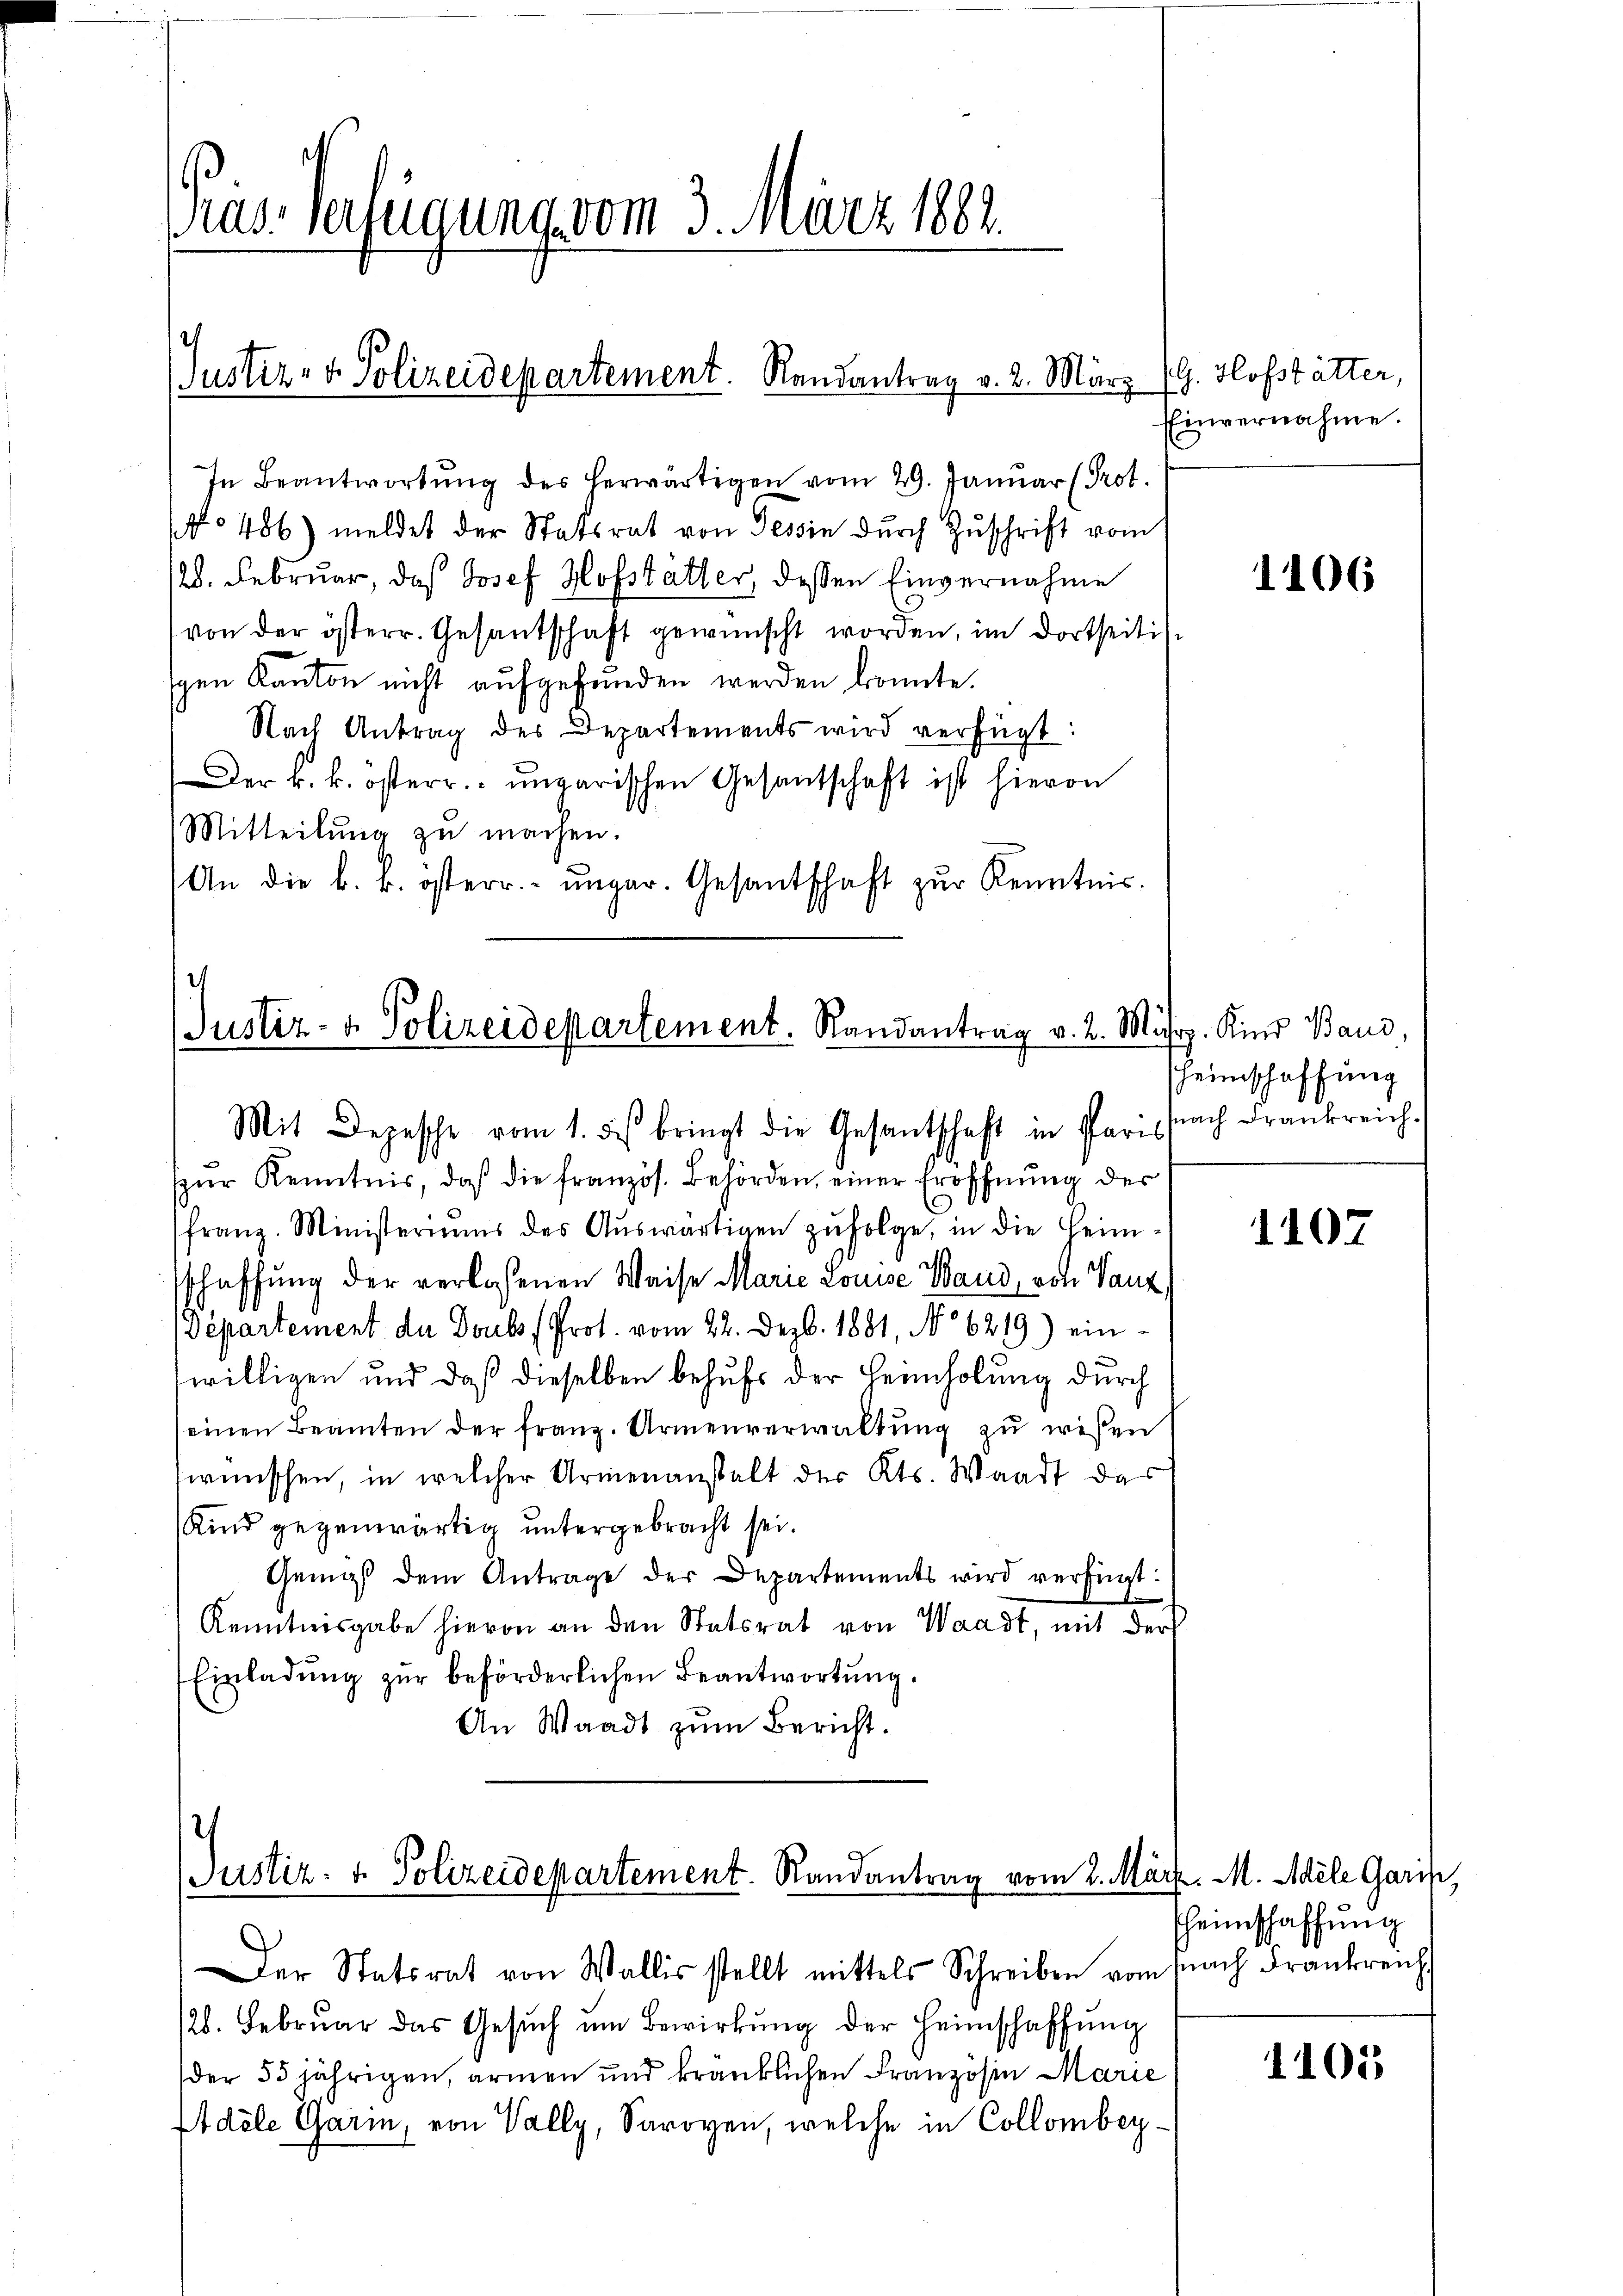
Cras Verfügung vom 3. März 1882.

Justiz- & Polizeidepartement. Randantrag v. 2. März (G. Hofstätter,

In Beantwortung des herwärtigen vom 29. Januar (Prot.
No 486) meldet der Statsrat von Tessin durch Zuschrift vom
28. Februar, daß Josef Hofstatter, dessen Einvernahme
von der österr. Gesantschaft gewünscht worden, im dortseitigsgen Kanton nicht aufgefunden werden konnte.
Nach Antrag des Departements wird verfügt:
Der k. k. österr. ungarischen Gesantschaft ist hievon
Mitteilung zu machen.
An die k. k. österr.- ŭnger. Gesantschaft zŭr Kenntnis.

(Justiz- & Polizeidepartement. Randantrag v. 2. März. Kind Baud,
Mit Depesche vom 1. des bringt die Gesantschaft in Paris sach Frankreich-

Justiz- & Polizeidepartement. Randantrag vom 2. März. M. Adele Gari,

Der Statsrat von Wallis stellt mittels Schreiben vom nach Frankreich
128. Februar das Gesŭch um Bewirkung der Heimschaffŭng
der 55 jährigen, armen und kränklichen Französin Marie
Adele Garin, von Vally, Savoyen, welche in Collombey¬

pŭr Kenntnis, daß die französ. Behörden, einer Eröffnŭng der
franz. Ministeriums des Auswärtigen zufolge, in die Heimsschaffung der verlassenen Weise Marie Louise Wand, von Tanz
Departement de Doubs (Prot. vom 22. Dezb. 1881, No 6219) einwilligen und daß dieselben behufs der Heimholung durch
seinen Beamten der franz. Armenverwaltung zu wesen
wünschen, in welcher Armenanstalt des Kts. Waadt das
Kind gegenwärtig untergebracht sei.
Gemäß dem Antrage der Departements wird verfügt:
Kenntnisgabe hievon an den Statsrat von Waadt, mit der
Einladŭng zŭr beförderlichen Beantwortŭng.
An Waadt zum Bericht.

Einvernahme.

1106

heimschaffung

110

heimschaffung

1101